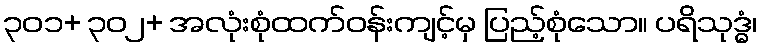
၃၀၁+ ၃၀၂+ အလုံးစုံထက်ဝန်းကျင့်မှ ပြည့်စုံသော။ ပရိသုဒ္ဓံ၊